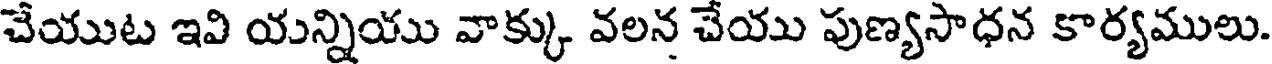
చేయుట ఇవి యన్నియు వాక్కు వలన చేయు పుణ్యసాధన కార్యములు.